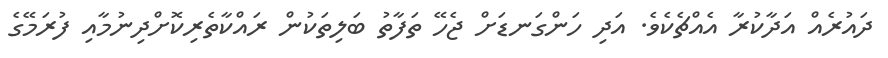
ދައުރެއް އަދާކުރާ އެއްޗެކެވެ. އަދި ހަންގަނޑަށް ޖެހޭ ތަފާތު ބަލިތަކުން ރައްކާތެރިކޮށްދިނުމާއި ފުރަމޭގެ